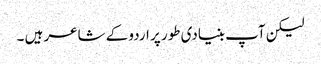
لیکن آپ بنیادی طور پر اردو کے شاعر ہیں ۔